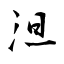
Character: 泹